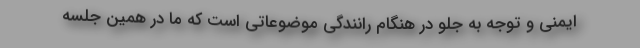
ایمنی و توجه به جلو در هنگام رانندگی موضوعاتی است که ما در همین جلسه